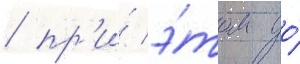
/ пр'и́ э́том до́